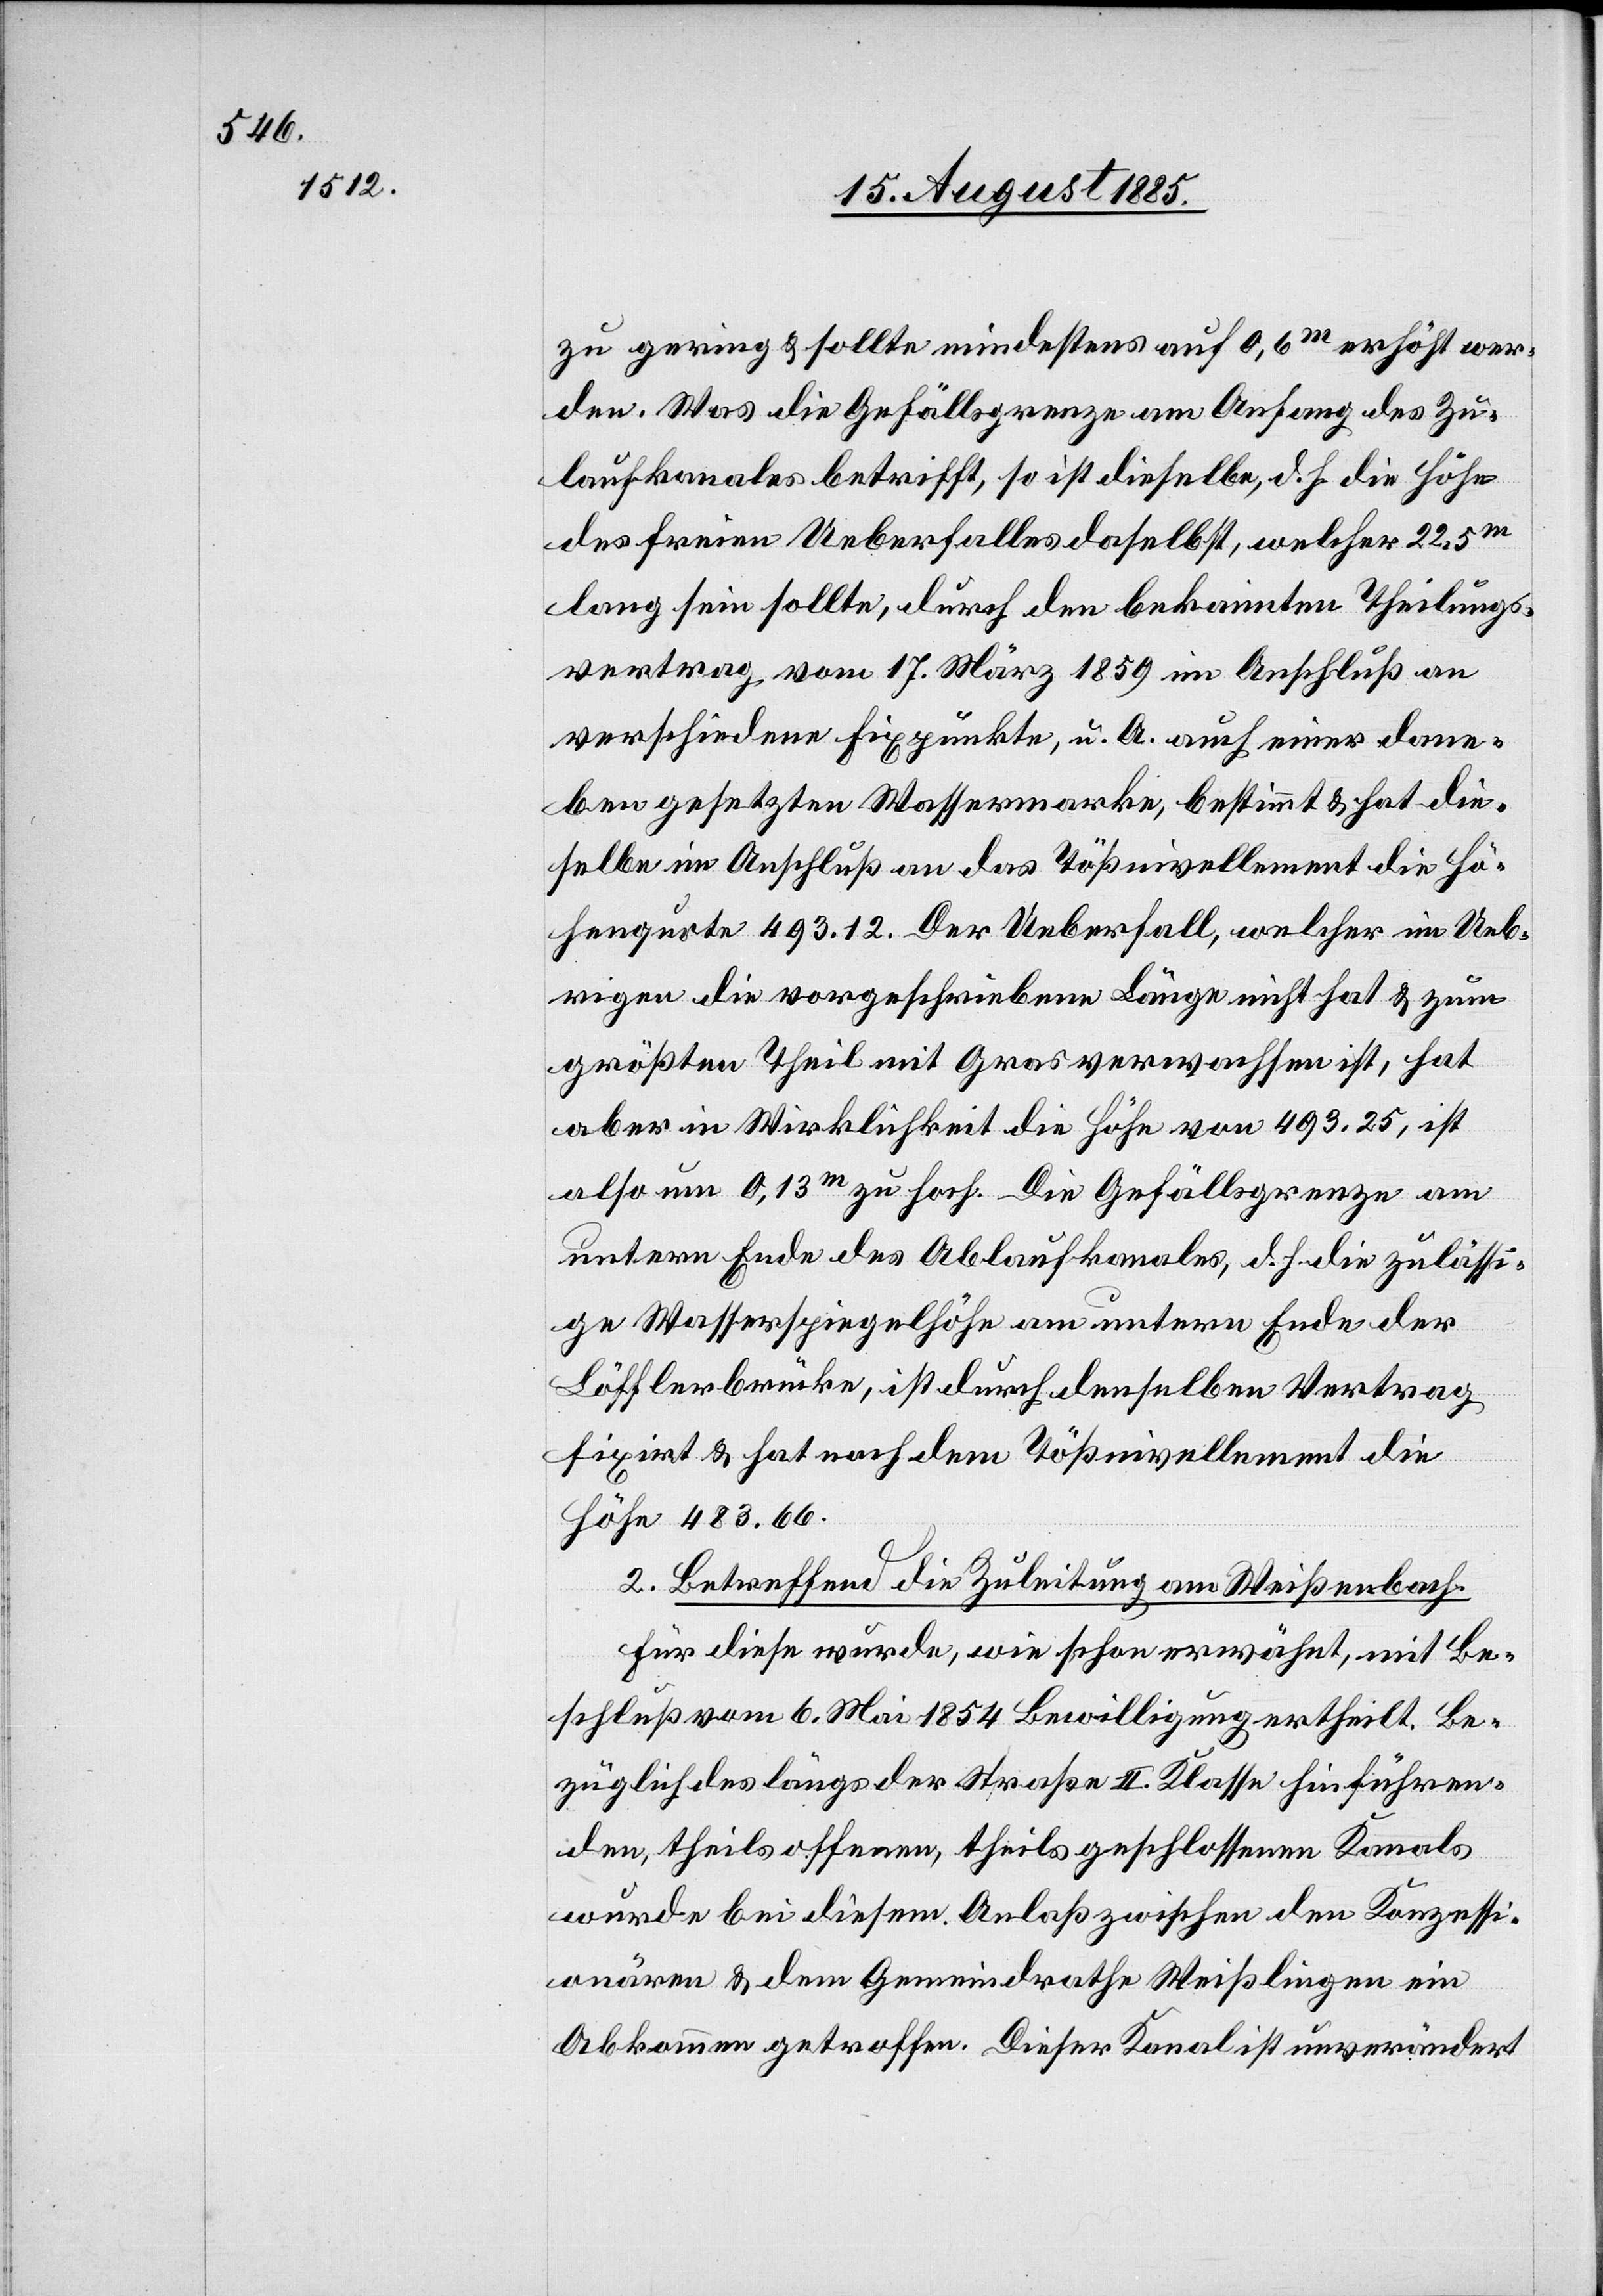
zu gering & sollte mindestens auf 0,6m erhöht wer¬
den. Was die Gefällsgrenze am Anfang des Zu¬
laufkanales betrifft, so ist dieselbe, d. h. die Höhe
des freien Ueberfalles daselbst, welcher 22,5m
lang sein sollte, durch den bekannten Theilungs¬
vertrag vom 17. März 1859 in Anschluß an
verschiedene Fixpunkte, u. A. auch einer dane¬
ben gesetzten Wassermarke, bestimmt & hat die¬
selbe im Anschluß an das Tößnivellement die Hö¬
henquote 493.12. Der Ueberfall, welcher im Ueb¬
rigen die vorgeschriebene Länge nicht hat & zum
größten Theil mit Gras verwachsen ist, hat
aber in Wirklichkeit die Höhe von 493.25, ist
also um 0,13m zu hoch. Die Gefällsgrenze am
untern Ende des Ablaufkanales, d. h. die zulässi¬
ge Wasserspiegelhöhe am untern Ende der
Löfflerbrücke, ist durch denselben Vertrag
fixirt & hat nach dem Tößnivellement die
Höhe 483.66.
2. Betreffend die Zuleitung am Weißenbach.
Für diese wurde, wie schon erwähnt, mit Be¬
schluß vom 6. Mai 1854 Bewilligung ertheilt. Be¬
züglich des längs der Straße II. Klasse hinführen¬
den, theils offenen, theils geschlossenen Kanals
wurde bei diesem Anlaß zwischen den Konzessi¬
onären & dem Gemeindrathe Weißlingen ein
Abkommen getroffen. Dieser Kanal ist unverändert